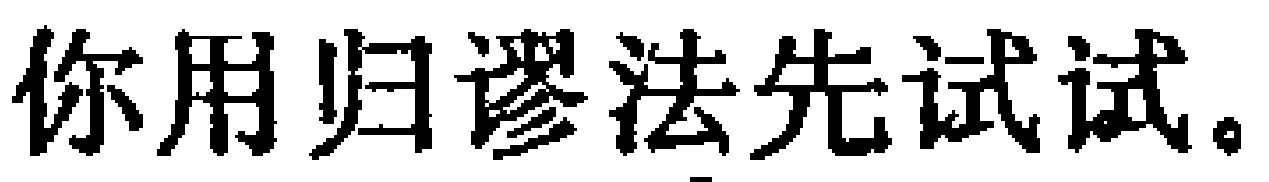
你用归谬法先试试。